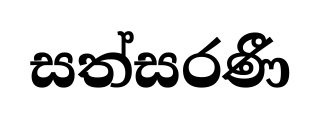
සත්සරණී